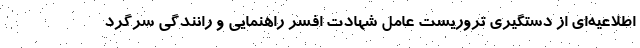
اطلاعیه‌ای از دستگیری تروریست عامل شهادت افسر راهنمایی و رانندگی سرگرد